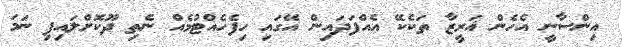
އިންސާނީ އެހެން ޣަރީޒާ ތަކެކޭ އެއްފަދައިން އޭގައި ހިފެހެއްޓުމެއް ނެތި ދޫކޮށްލައިފި ނަމަ